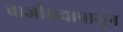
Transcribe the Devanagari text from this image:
बाजीरावापासून